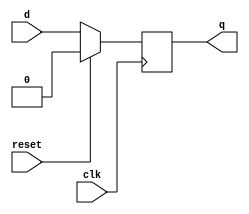
module d_flip_flop (
    input wire clk,     // Clock input
    input wire reset,   // Reset input
    input wire d,       // D input
    output reg q        // Output
);

// Positive edge-triggered D flip-flop
always @(posedge clk) begin
    if (reset) begin
        q <= 1'b0;     // Reset the output to 0
    end else begin
        q <= d;         // Transfer D input to output
    end
end

endmodule